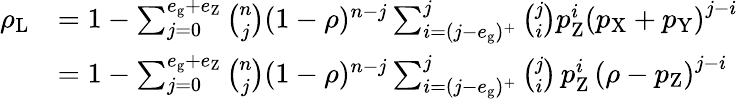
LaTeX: \begin{array}{rl}{\rho_{\mathrm{L}}}&{=1-\sum_{j=0}^{e_{\mathrm g}+e_{\mathrm Z}}\binom{n}{j}(1-\rho)^{n-j}\sum_{i=(j-e_{\mathrm g})^{+}}^{j}\binom{j}{i}p_{\mathrm{Z}}^{i}\left(p_{\mathrm{X}}+p_{\mathrm{Y}}\right)^{j-i}}\\ &{=1-\sum_{j=0}^{e_{\mathrm g}+e_{\mathrm Z}}\binom{n}{j}(1-\rho)^{n-j}\sum_{i=(j-e_{\mathrm g})^{+}}^{j}\binom{j}{i}\, p_{\mathrm{Z}}^{i}\, \left(\rho-p_{\mathrm{Z}}\right)^{j-i}}\end{array}